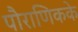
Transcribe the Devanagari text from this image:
पौराणिकके